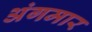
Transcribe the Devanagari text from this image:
अंगमार